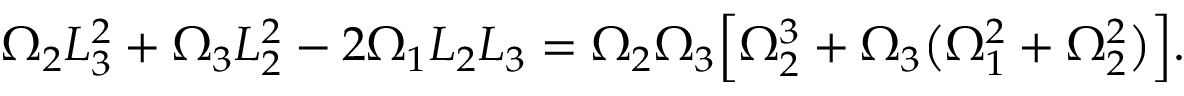
\Omega _ { 2 } L _ { 3 } ^ { 2 } + \Omega _ { 3 } L _ { 2 } ^ { 2 } - 2 \Omega _ { 1 } L _ { 2 } L _ { 3 } = \Omega _ { 2 } \Omega _ { 3 } \Big [ \Omega _ { 2 } ^ { 3 } + \Omega _ { 3 } \big ( \Omega _ { 1 } ^ { 2 } + \Omega _ { 2 } ^ { 2 } \big ) \Big ] .